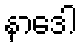
နာဒေါ